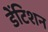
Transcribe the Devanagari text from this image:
डेंटिशन